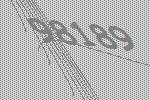
98189